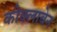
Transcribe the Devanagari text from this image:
कोक्लाबेन